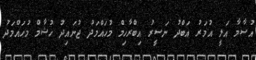
އުސާމާ އަލީ އުމަރު އަބްދު ނަސީރު އިބްރާހިމް މުހައްމަދު ޖުނައިދު ހުޝާމް މުހައްމަދު